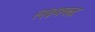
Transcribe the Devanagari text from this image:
लक्ष्यबद्ध